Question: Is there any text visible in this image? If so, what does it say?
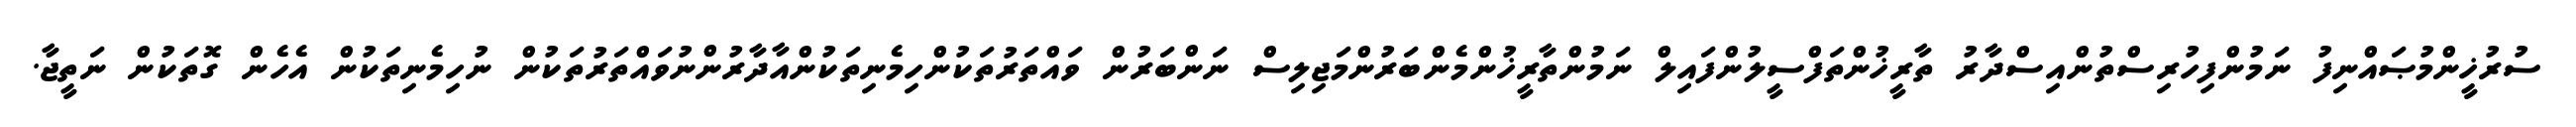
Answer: ސުރުޚީންމުޞައްނިފު ނަމުންފިހުރިސްތުންއިސްދާރު ތާރީޚުންތަފްސީލުންފައިލް ނަމުންތާރީޚުންމެންބަރުންމަޖިލިސް ނަންބަރުން ވައްތަރުތަކުންހިމެނިތަކުންއާދާރުންނުވައްތަރުތަކުން ނުހިމެނިތަކުން އެހެން ގޮތަކުން ނަތީޖާ.